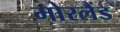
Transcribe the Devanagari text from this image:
मोरलैंड